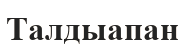
Талдыапан